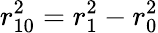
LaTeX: r_{10}^{2}=r_{1}^{2}-r_{0}^{2}